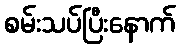
စမ်းသပ်ပြီးနောက်